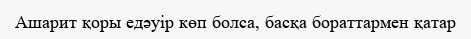
Ашарит қоры едәуір көп болса, басқа бораттармен қатар